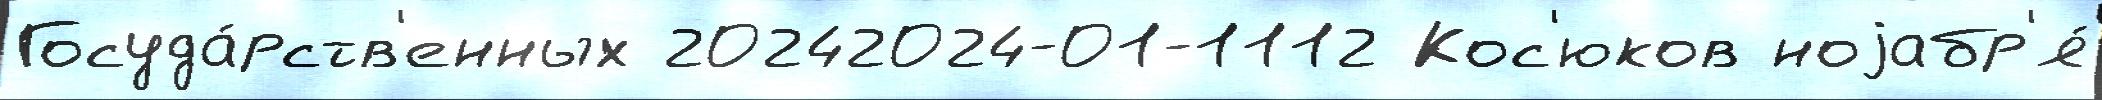
Госуда́рств'енных 20242024-01-1112 Кос'юков ноjабр'я́